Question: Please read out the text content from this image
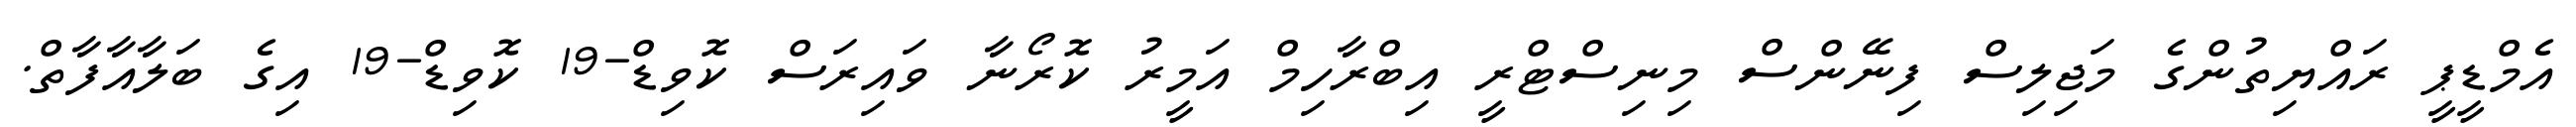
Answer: އެމްޑީޕީ ރައްޔިތުންގެ މަޖިލިސް ފިނޭންސް މިނިސްޓްރީ އިބްރާހިމް އަމީރު ކޮރޯނާ ވައިރަސް ކޮވިޑް-19 ކޮވިޑް-19 އިގެ ބަލާއާފާތް.